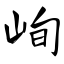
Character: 峋